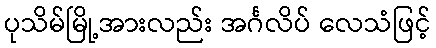
ပုသိမ်မြို့အားလည်း အင်္ဂလိပ် လေသံဖြင့်